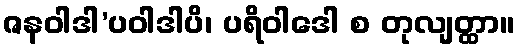
ဇနဝါဒါ’ပဝါဒါပိ၊ ပရိဝါဒေါ စ တုလျတ္ထာ။